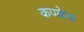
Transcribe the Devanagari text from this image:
कपकेक